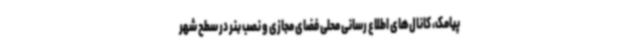
پیامک، کانال‌های اطلاع رسانی محلی فضای مجازی و نصب بنر در سطح شهر